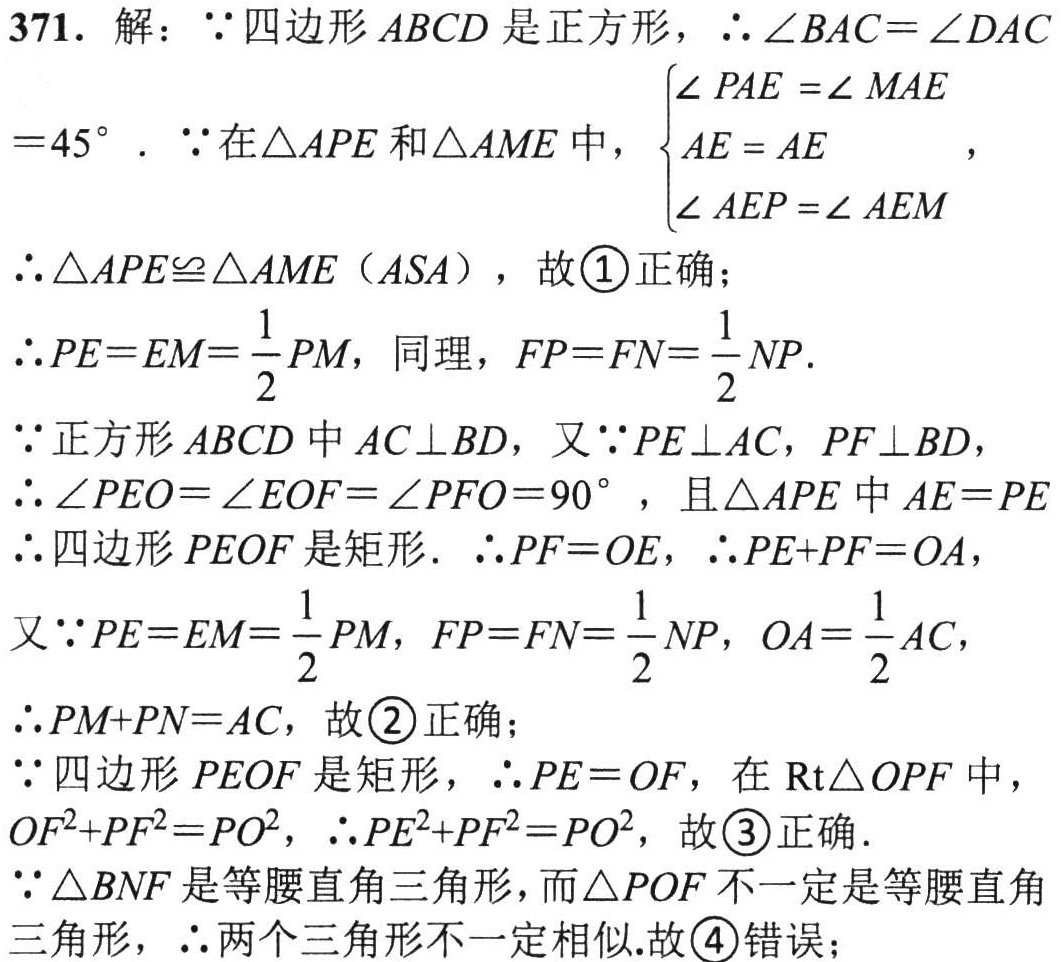
371. 解：\(\because\)四边形\(ABCD\)是正方形，\(\therefore\angle BAC = \angle DAC=45^{\circ}\). \(\because\)在\(\triangle APE\)和\(\triangle AME\)中，\(\begin{cases}
\angle PAE=\angle MAE\\
AE = AE\\
\angle AEP=\angle AEM
\end{cases}\)，
\(\therefore\triangle APE\cong\triangle AME\)（\(ASA\)），故\textcircled{1}正确；
\(\therefore PE = EM=\frac{1}{2}PM\)，同理，\(FP = FN=\frac{1}{2}NP\).
\(\because\)正方形\(ABCD\)中\(AC\perp BD\)，又\(\because PE\perp AC\)，\(PF\perp BD\)，
\(\therefore\angle PEO=\angle EOF=\angle PFO = 90^{\circ}\)，且\(\triangle APE\)中\(AE = PE\)
\(\therefore\)四边形\(PEOF\)是矩形. \(\therefore PF = OE\)，\(\therefore PE + PF=OA\)，
又\(\because PE = EM=\frac{1}{2}PM\)，\(FP = FN=\frac{1}{2}NP\)，\(OA=\frac{1}{2}AC\)，
\(\therefore PM + PN=AC\)，故\textcircled{2}正确；
\(\because\)四边形\(PEOF\)是矩形，\(\therefore PE = OF\)，在\(\text{Rt}\triangle OPF\)中，\(OF^{2}+PF^{2}=PO^{2}\)，\(\therefore PE^{2}+PF^{2}=PO^{2}\)，故\textcircled{3}正确.
\(\because\triangle BNF\)是等腰直角三角形，而\(\triangle POF\)不一定是等腰直角三角形，\(\therefore\)两个三角形不一定相似.故\textcircled{4}错误；